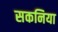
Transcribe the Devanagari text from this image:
सकनिया